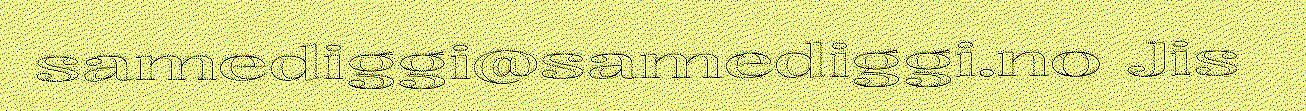
samediggi@samediggi.no Jis